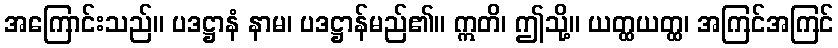
အကြောင်းသည်။ ပဒဋ္ဌာနံ နာမ၊ ပဒဋ္ဌာန်မည်၏။ ဣတိ၊ ဤသို့။ ယတ္ထယတ္ထ၊ အကြင်အကြင်